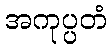
အကုပ္ပတံ